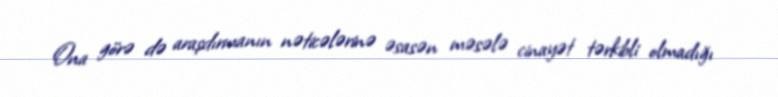
Ona görə də araşdırmanın nəticələrinə əsasən məsələ cinayət tərkibli olmadığı